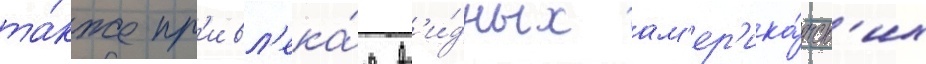
та́кже пр'ивл'ека́я в'и́дных ам'ер'ика́нск'их